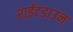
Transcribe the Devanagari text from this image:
राईटडाउन